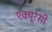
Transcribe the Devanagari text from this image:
एक्‍यूरेसी